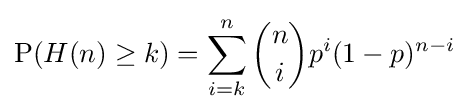
\operatorname {P} (H(n)\geq k)=\sum _{i=k}^{n}{\binom {n}{i}}p^{i}(1-p)^{n-i}